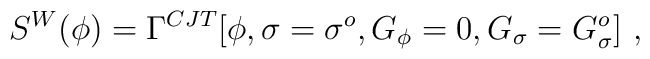
S^W(\phi) = \Gamma^{CJT} [\phi, \sigma = \sigma^o, G_\phi=0, G_\sigma=G_\sigma^o] ~,